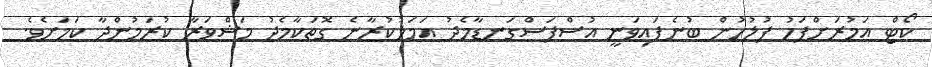
ކޯޓް އަމުރަށްފަހު ފުލުހުން ބުނެފައިވަނީ އުސްފަސްގަނޑާމެދު އަމަލުކުރާނެ ގޮތަކާމެދު މަޝްވަރާ ކުރަމުންދާ ކަމަށެވެ.